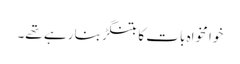
خوا مخواہ بات کا بتنگڑ بنا رہے تھے۔